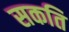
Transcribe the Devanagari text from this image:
सकति